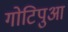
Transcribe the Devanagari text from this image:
गोटिपुआ